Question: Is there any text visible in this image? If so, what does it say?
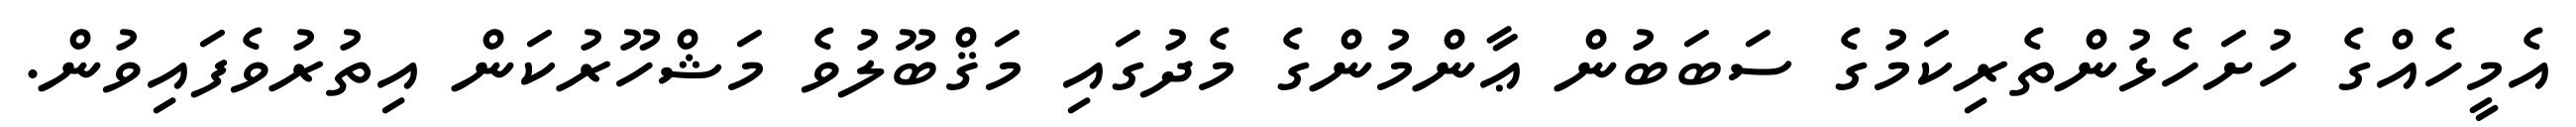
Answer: އެމީހެއްގެ ހުށަހެޅުންތެރިކަމުގެ ސަބަބުން ޢާންމުންގެ މެދުގައި މަޤްބޫލުވެ މަޝްހޫރުކަން އިތުރުވެފައިވުން.